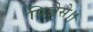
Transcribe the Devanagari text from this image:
पिन्नैसे।।